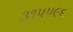
૩૧૫૫૯૬